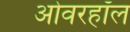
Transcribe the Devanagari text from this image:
ओवरहॉल